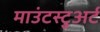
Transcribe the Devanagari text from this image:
माउंटस्टुअर्ट